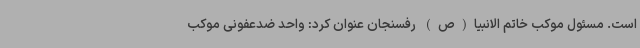
است. مسئول موکب خاتم الانبیا(ص) رفسنجان عنوان کرد: واحد ضدعفونی موکب